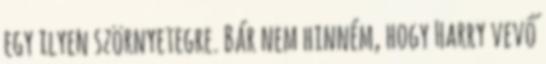
egy ilyen szörnyetegre. Bár nem hinném, hogy Harry vevő